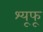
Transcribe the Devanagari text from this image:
श्यूफू